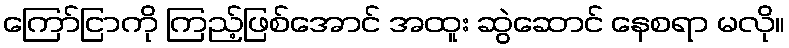
ကြော်ငြာကို ကြည့်ဖြစ်အောင် အထူး ဆွဲဆောင် နေစရာ မလို။